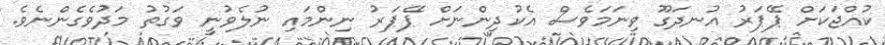
ކުއްޖަކަށް ޕޭޕަރު އުނދަގޫ ވިނަމަވެސް އެކުދިންނަށް ޕޭޕަރު ނިންމައި ނުލެވުނީ ވަގުތު މަދުވެގެންނެވެ.